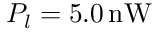
P _ { l } = 5 . 0 \, \mathrm { n W }